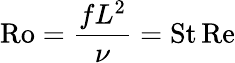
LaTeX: \mathrm{Ro}={\frac{fL^{2}}{\nu}}=\mathrm{St}\, \mathrm{Re}